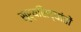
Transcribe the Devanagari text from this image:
सूर्यसिद्धांतों